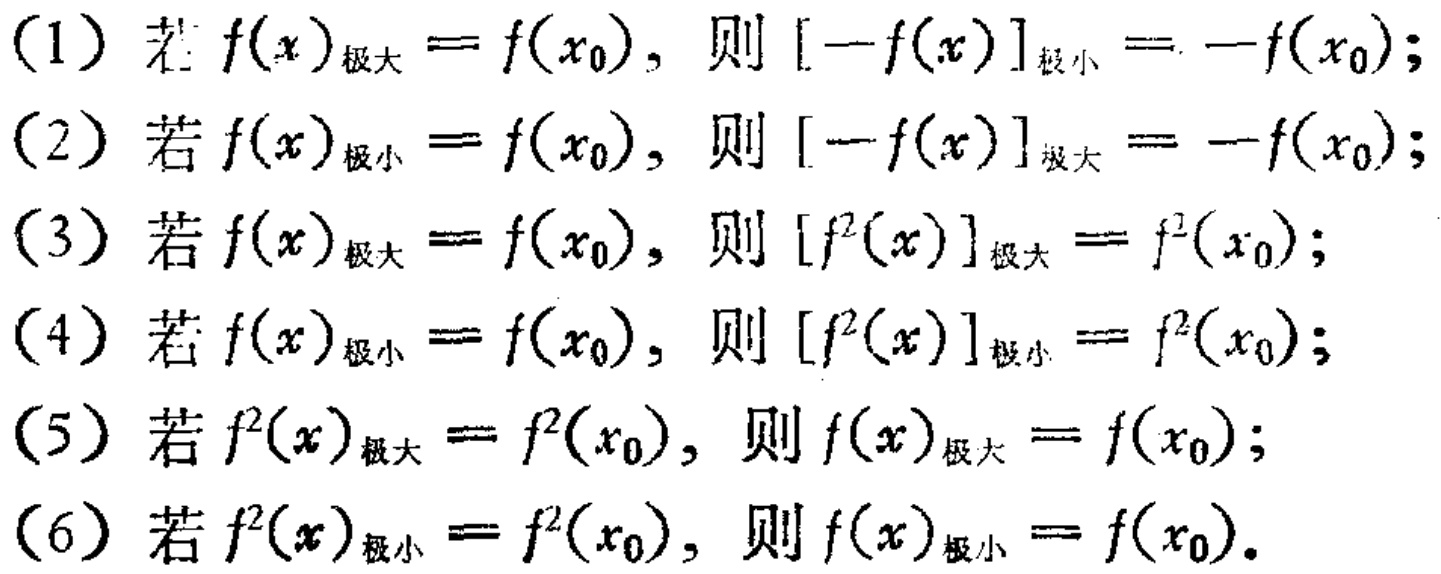
(1) 若 \(f(x)_{\text{极大}} = f(x_{0})\)，则 \([-f(x)]_{\text{极小}}=-f(x_{0})\);
(2) 若 \(f(x)_{\text{极小}} = f(x_{0})\)，则 \([-f(x)]_{\text{极大}}=-f(x_{0})\);
(3) 若 \(f(x)_{\text{极大}} = f(x_{0})\)，则 \([f^{2}(x)]_{\text{极大}} = f^{2}(x_{0})\);
(4) 若 \(f(x)_{\text{极小}} = f(x_{0})\)，则 \([f^{2}(x)]_{\text{极小}} = f^{2}(x_{0})\);
(5) 若 \(f^{2}(x)_{\text{极大}} = f^{2}(x_{0})\)，则 \(f(x)_{\text{极大}} = f(x_{0})\);
(6) 若 \(f^{2}(x)_{\text{极小}} = f^{2}(x_{0})\)，则 \(f(x)_{\text{极小}} = f(x_{0})\).